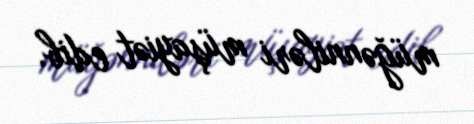
müğənniləri müşayiət edib.